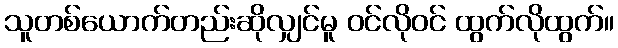
သူတစ်ယောက်တည်းဆိုလျှင်မူ ဝင်လိုဝင် ထွက်လိုထွက်။